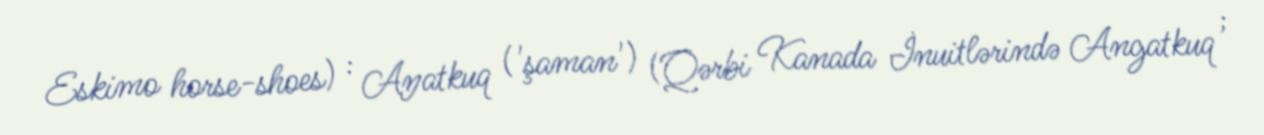
Eskimo horse-shoes) : Aŋatkuq ('şaman') (Qərbi Kanada İnuitlərində Angatkuq ;